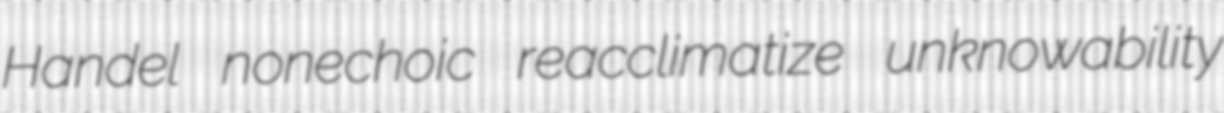
Handel nonechoic reacclimatize unknowability